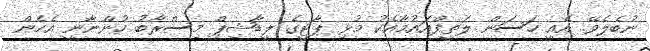
ނުބެލެވޭ. އެއީ ހަސަން ލަތީފްއައުމާއެކު މުޅި ޕާޓީގެ ލީޑާޝިޕް މިސްރާބު ހުންނާނީ އެހެން